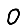
Digit: 0